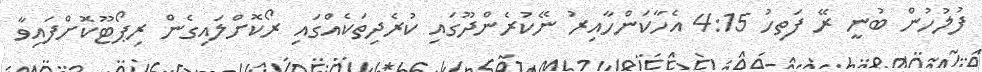
ފުލުހުން ބުނީ ރޭ ފަތިހު 4:15 އެހާކަންހާއިރު ނޭކުރެންދޫގައި ކުރެދިތަކެއްގައި ރޯކޮށްލައިގެން ރިޕޯޓޫކޮށްފައިވާ